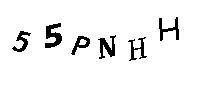
55PNHH